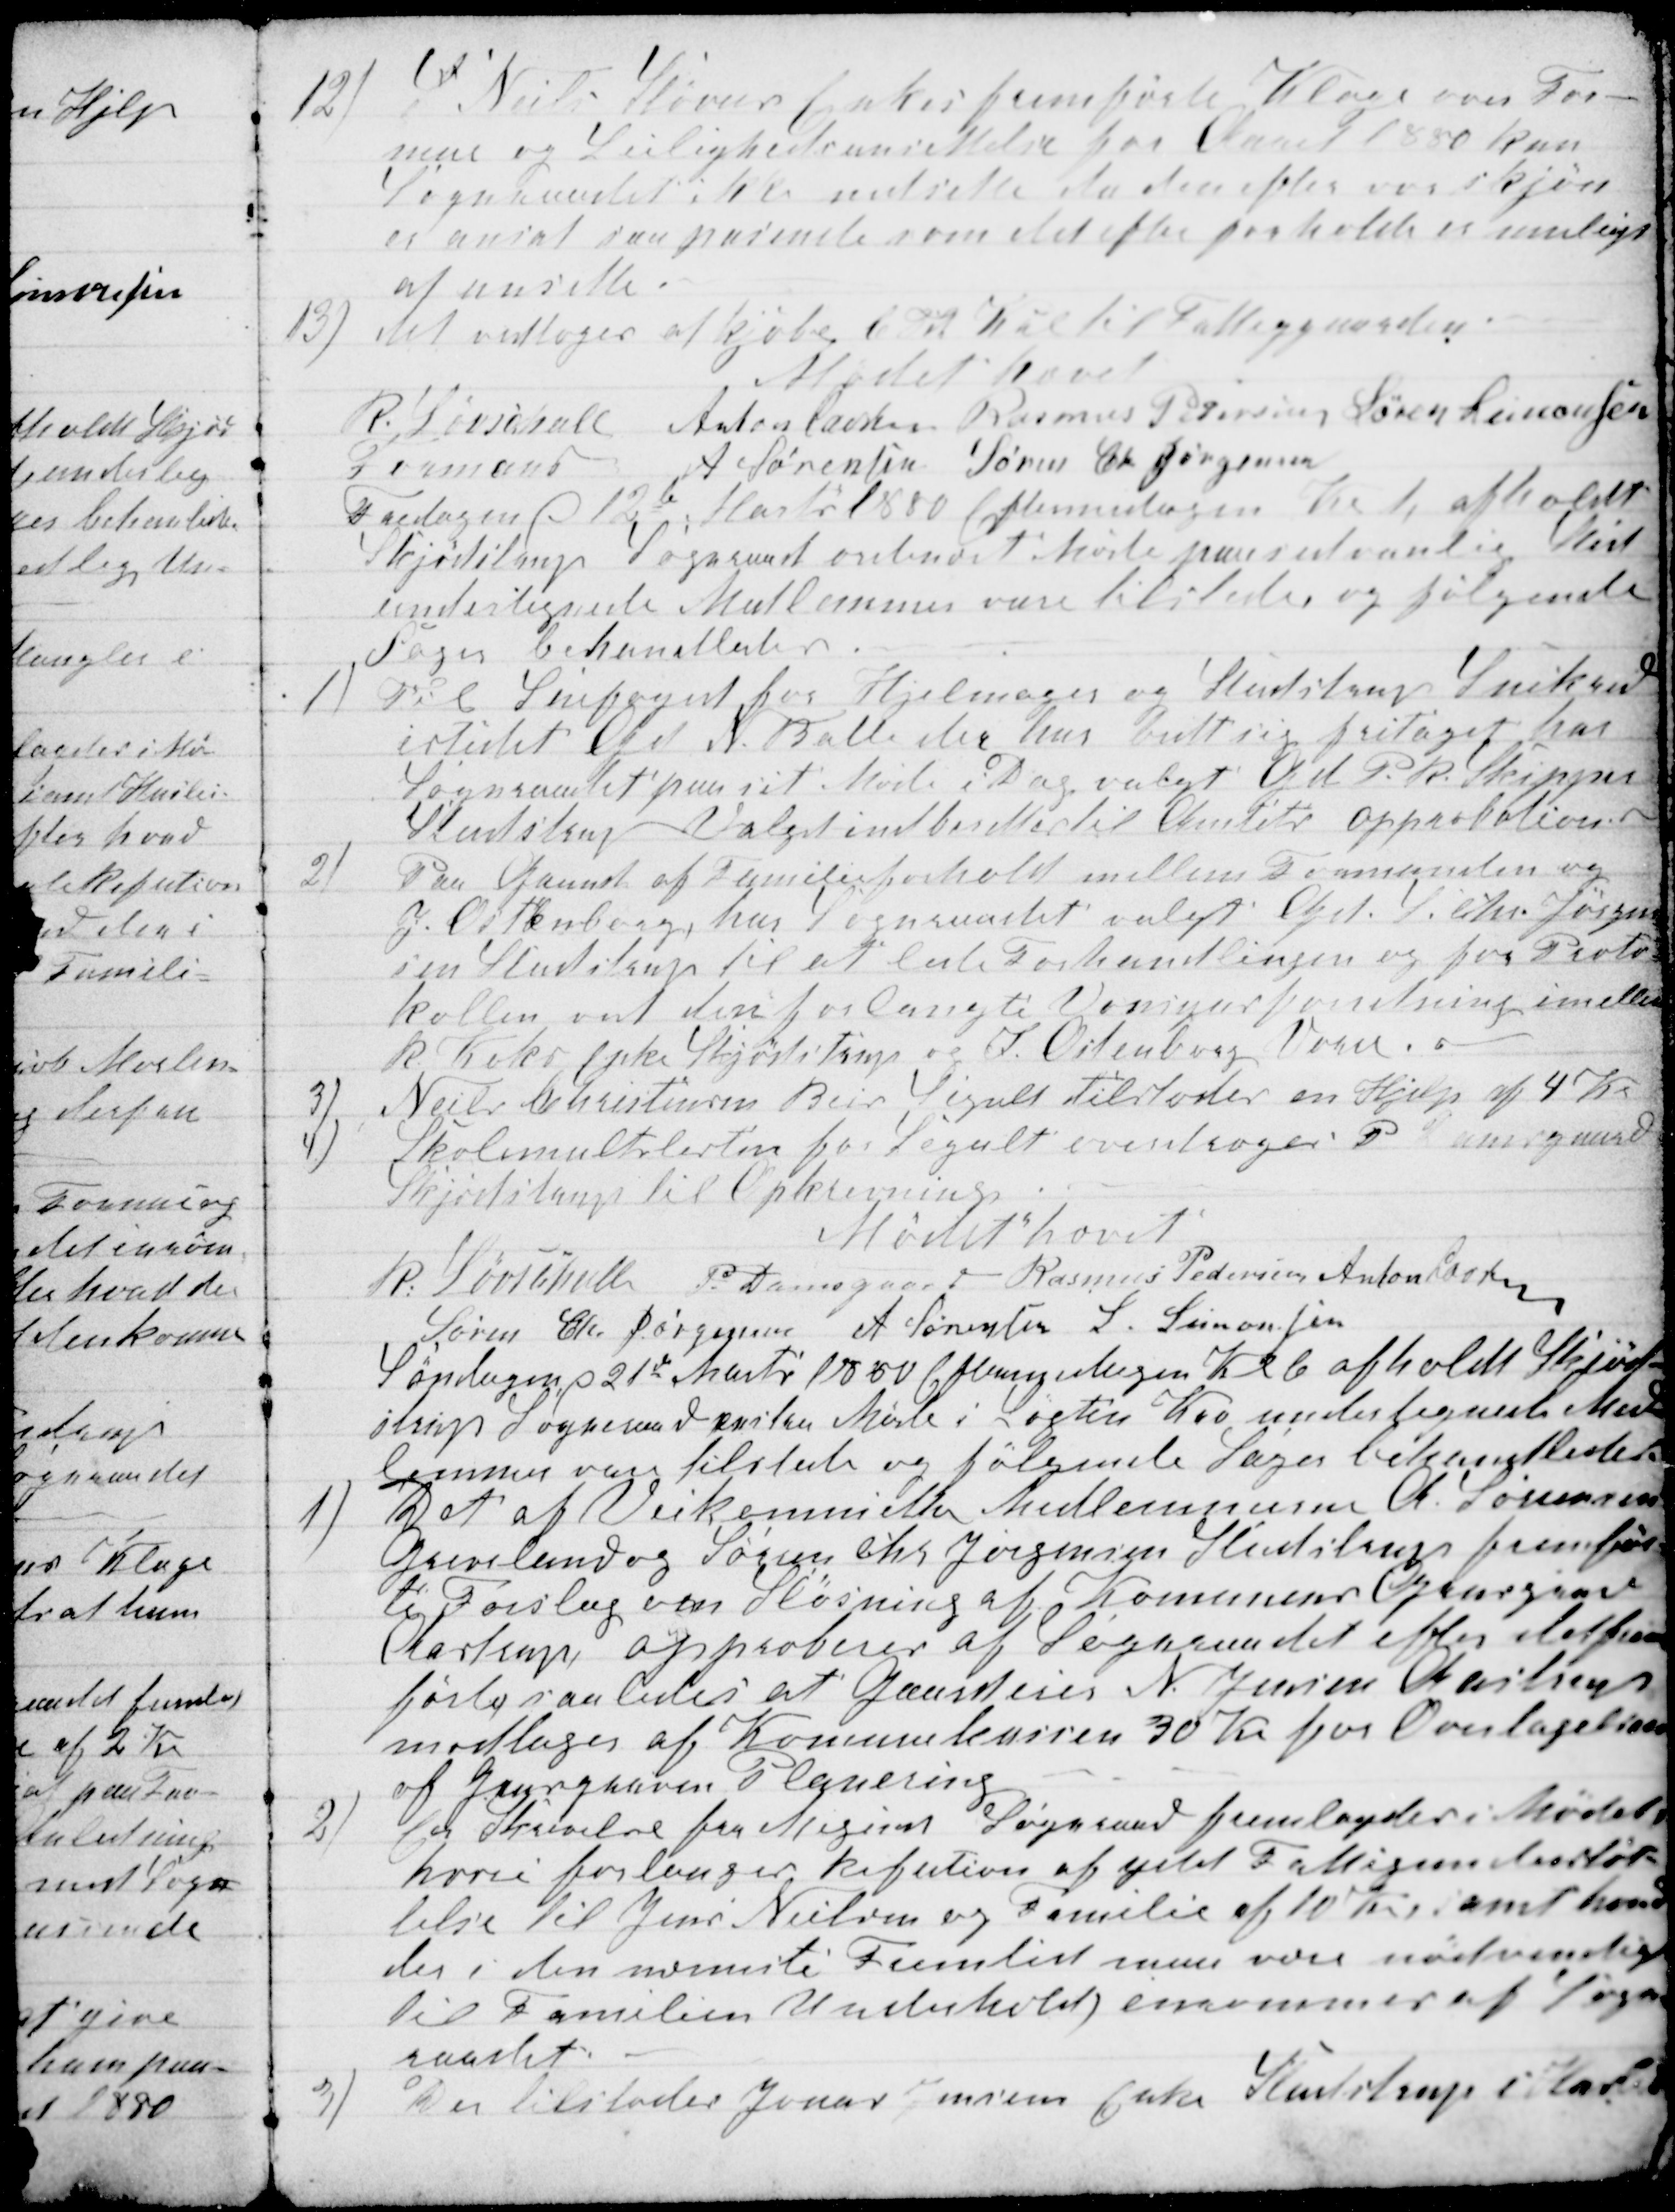
Transskription:
12)
S Niels Støvns Enke fremførte Klage over For-
mue og Leilighedsansettelse for Aaret 1880 kan
Sogneraadet ikke nedsette da den efter vor skjøn
er ansat saa passende som det efter forhold er muligt
at ansette.
13) det vedtoges at kjøbe 6 Td Kul til Fattiggaarden.
Mødet hævet
R. Løvschall
Formand 
Anton Laursen Rasmus Petersen Søren Simonsen
A Sørensen Søren Chr Jørgensen
Fredagen d 12de Marts 1880 Eftermidagen Kl 1 afholdt
Skjødstrup Sogneraad ordinært Møde paa sedvanlig Sted
undertegnede Medlemmer vare tilstede og følgende
Sager behandledes.
1) Til Snefoged for Hjelmager og Studstrup Snekreds
istedet Grd N. Balle der har bedt sig fritaget har
Sogneraadet paa sit Møde i Dag valgt Grd P.R. Skipper
Studstrup Valget indberettes til Amtets approbation.
2)
Paa Grund af Familieforhold mellem Formanden og
J. Ostenborg, har Sogneraadet valgt Grd. S. Chr. Jørgen-
sen Studstrup til at lede Forhandlingen og for Proto-
kollen ved den forlangte Vonignsforretning imellem
R. Koks Enke Skjødstrup og J. Ostenborg Vorre.
3)
Niels Christensen Beir Segalt tilstodes en Hjelp af 4 Kr.
4)
Skolemultslisten for Segalt overdroges P Damsgaard
Skjødstrup til Opkrævning.
Mødet hævet
R. Løvschall 
P. Damsgaard Rasmus Pedersen Anton Laursen
Søren Chr Jørgensen A Sørensen S. Simonsen
Søndagen d 21de Marts 1880 Eftermidagen Kl 6 afholdt Skjød-
strup Sogneraad exstra Møde i Løgten Kro undertegnede Med-
lemmer vare tilstede og følgende Sager behandledes
1)
Det af Veikommittes Medlemmerne A. Sørensen
Gjevelund og Søren Chr Jørgensen Studstrup fremfør-
te Forslag om Sløsning af Kommunens Grusgrav
Aastrup, approberes af Sogneraadet efter det frem-
førte saaledes at Gaardejer N. Jensen Aastrup
modtager af Komunekassen 30 Kr for Overtagelsen
af Grusgraven Planering
2)
En Skrivelse fra Mygind Sogneraad fremlagdes i Mødet
hvori forlanges Refution af ydet Fattigunderstøt-
telse til Jens Nielsen og Familie af 10 Kr, samt hvad
der i den nærmeste Fremtid maa være nødvendigt
til Familiens Underhold, inrømmes af Sogne-
raadet.
3)
Der tilstodes Jonas Jensens Enke Studstrup i Husleie-